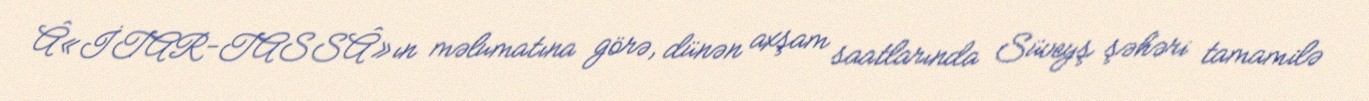
Â«İTAR-TASSÂ»ın məlumatına görə, dünən axşam saatlarında Süveyş şəhəri tamamilə